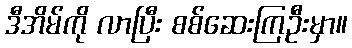
ဒီအိမ်ကို လာပြီး စစ်ဆေးကြဦးမှာ။